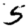
Digit: 5